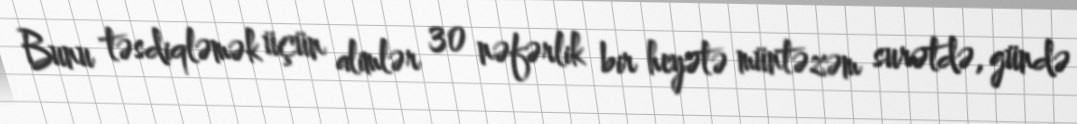
Bunu təsdiqləmək üçün alimlər 30 nəfərlik bir heyətə müntəzəm surətdə, gündə